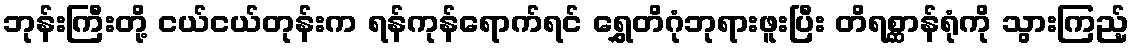
ဘုန်းကြီးတို့ ငယ်ငယ်တုန်းက ရန်ကုန်ရောက်ရင် ရွှေတိဂုံဘုရားဖူးပြီး တိရစ္ဆာန်ရုံကို သွားကြည့်